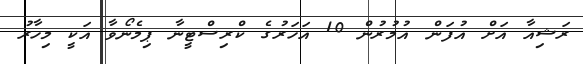
ރަޝިއާ އަށް އުފަން އުމުރުން 10 އަހަރުގެ ކްރިސްޓީނާ ޕިމެނޯވާ އަކީ މިހާރު